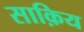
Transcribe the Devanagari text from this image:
साक़िय